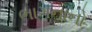
ભાગનાનો